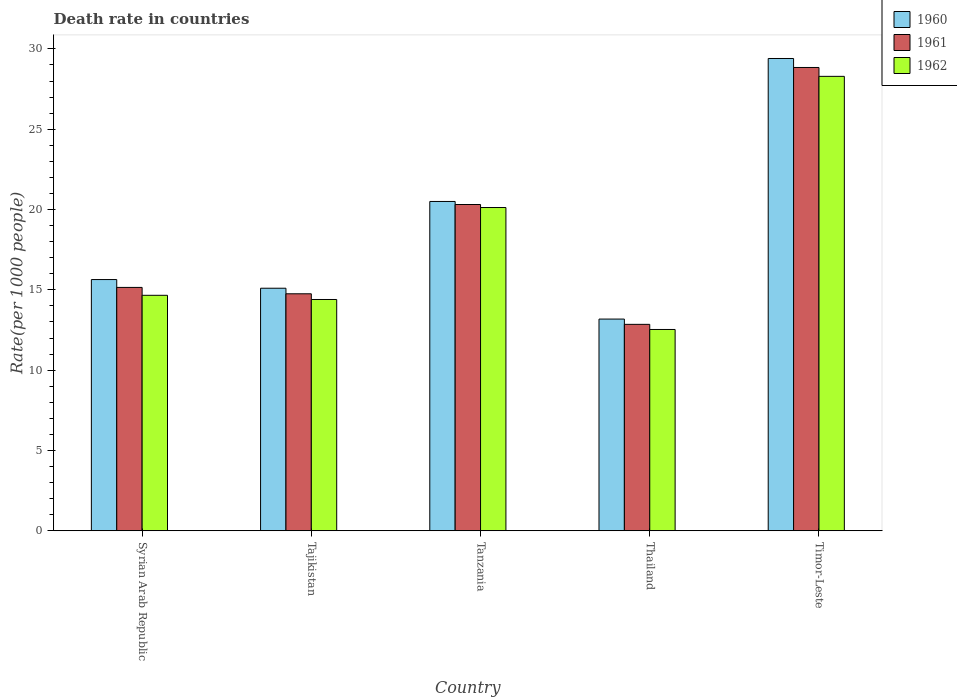
| Country | 1960 | 1961 | 1962 |
 | --- | --- | --- | --- |
 | Syrian Arab Republic | 15.6 | 15.2 | 14.7 |
 | Tajikistan | 15.1 | 14.8 | 14.4 |
 | Tanzania | 20.5 | 20.3 | 20.1 |
 | Thailand | 13.2 | 12.9 | 12.5 |
 | Timor-Leste | 29.4 | 28.8 | 28.3 |